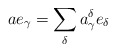
\begin{align*}a e_{\gamma}=\sum_{\delta} a_{\gamma}^{\delta} e_{\delta}\end{align*}